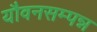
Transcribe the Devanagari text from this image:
यौवनसम्पन्न